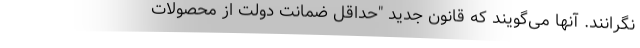
نگرانند. آنها می‌گویند که قانون جدید "حداقل ضمانت دولت از محصولات